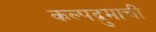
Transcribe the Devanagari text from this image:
कल्पद्रुमाचीं